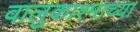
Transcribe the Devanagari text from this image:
वालुकाश्माच्या